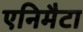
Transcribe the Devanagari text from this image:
एनिमैटा